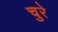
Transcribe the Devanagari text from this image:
चुरे